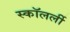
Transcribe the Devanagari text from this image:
स्कॉलर्ली